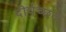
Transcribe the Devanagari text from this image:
दीर्घच्छद